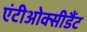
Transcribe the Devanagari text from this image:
एंटीओक्सीडैंट